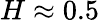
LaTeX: H\approx 0.5